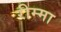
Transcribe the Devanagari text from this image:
रीम्मा